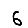
Digit: 6